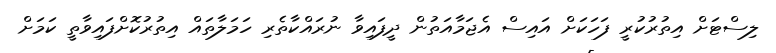
ލިސްޓަށް އިތުރުކުރީ ފަހަކަށް އައިސް އެޖަމާއަތުން ދީފައިވާ ނުރައްކާތެރި ހަމަލާތައް އިތުރުކޮށްފައިވާތީ ކަމަށް